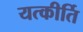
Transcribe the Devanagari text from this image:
यत्कीर्ति